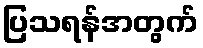
ပြသရန်အတွက်